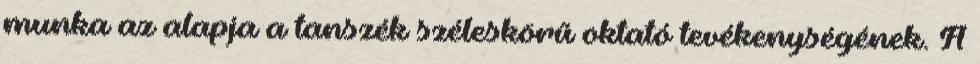
munka az alapja a tanszék széleskörű oktató tevékenységének. A